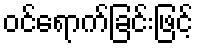
ဝင်ရောက်ခြင်းဖြင့်